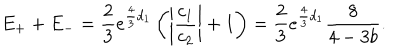
E _ { + } + E _ { - } = \frac { 2 } { 3 } e ^ { \frac { 4 } { 3 } d _ { 1 } } \left( \left| \frac { c _ { 1 } } { c _ { 2 } } \right| + 1 \right) = \frac { 2 } { 3 } e ^ { \frac { 4 } { 3 } d _ { 1 } } \frac { 8 } { 4 - 3 b } .